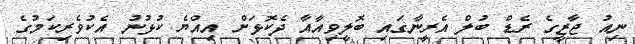
ނިއު ޖާޒީގެ ރެޑް ބުލް އެރީނާގައި ބޮލީވިއާއާ ދެކޮޅަށް އިއްޔެ ކުޅުނު އެކުވެރިކަމުގެ